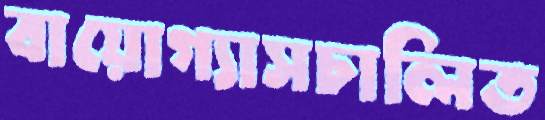
বায়োগ্যাসচালিত